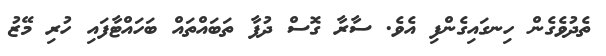
ތެދުވެގެން ހިނގައިގެންފި އެވެ. ސާރާ ގޮސް ދުފާ ތަބައްތައް ބަހައްޓާފައި ހުރި މޭޒު